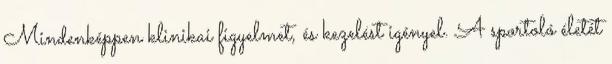
Mindenképpen klinikai figyelmet, és kezelést igényel. A sportoló életét